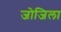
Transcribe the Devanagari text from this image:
जोजिला